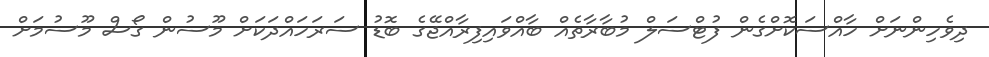
ދިވެހިންނަށް ހާއްސަކޮށްގެން ފުޓްސަލް މުބާރާތެއް ބާއްވައިފިރާއްޖޭގެ ބޮޑު ސަރަހައްދަކަށް މޫސުން ގޯސް މޫސުމަށް